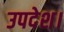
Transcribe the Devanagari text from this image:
उपदेश।